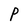
Character: P